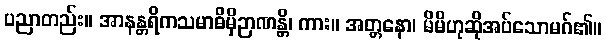
ပညာတည်း။ အာနန္တရိကသမာဓိမှိဉာဏန္တိ၊ ကား။ အတ္တနော၊ မိမိဟုဆိုအပ်သောမဂ်၏။